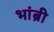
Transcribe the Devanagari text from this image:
भांब्री